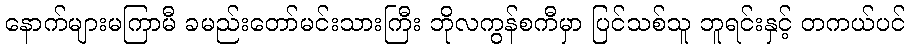
နောက်များမကြာမီ ခမည်းတော်မင်းသားကြီး ဘိုလကွန်စကီမှာ ပြင်သစ်သူ ဘူရင်းနှင့် တကယ်ပင်